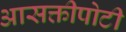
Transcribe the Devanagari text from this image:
आसक्तीपोटी